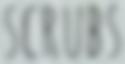
SCRUBS